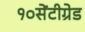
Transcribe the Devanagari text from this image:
१०सेंटीग्रेड